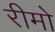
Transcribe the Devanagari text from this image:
रीमो